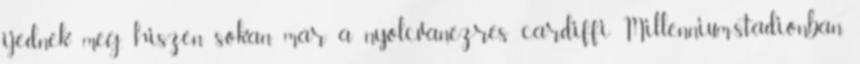
ijednek meg, hiszen sokan már a nyolcvanezres cardiffi Millennium-stadionban